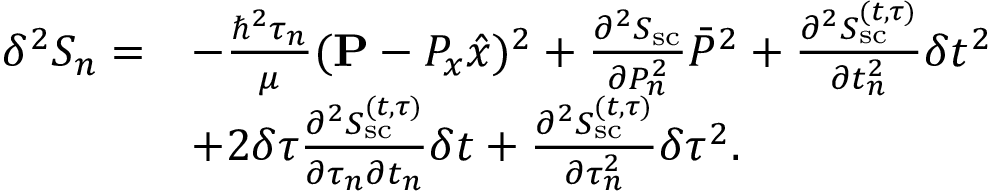
\begin{array} { r l } { \delta ^ { 2 } S _ { n } = } & { - \frac { \hbar ^ { 2 } \tau _ { n } } { \mu } ( { \bf P } - P _ { x } \hat { x } ) ^ { 2 } + \frac { \partial ^ { 2 } S _ { \mathrm { s c } } } { \partial P _ { n } ^ { 2 } } \bar { P } ^ { 2 } + \frac { \partial ^ { 2 } S _ { \mathrm { s c } } ^ { ( t , \tau ) } } { \partial t _ { n } ^ { 2 } } \delta t ^ { 2 } } \\ & { + 2 \delta \tau \frac { \partial ^ { 2 } S _ { \mathrm { s c } } ^ { ( t , \tau ) } } { \partial \tau _ { n } \partial t _ { n } } \delta t + \frac { \partial ^ { 2 } S _ { \mathrm { s c } } ^ { ( t , \tau ) } } { \partial \tau _ { n } ^ { 2 } } \delta \tau ^ { 2 } . } \end{array}